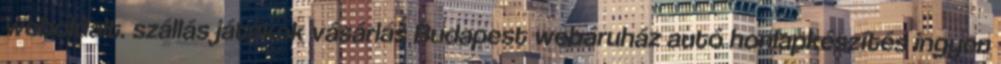
weboldalt. szállás játékok vásárlás Budapest webáruház autó honlapkészítés ingyen